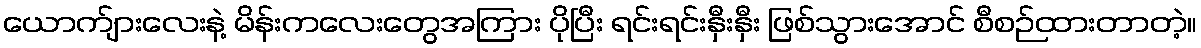
ယောက်ျားလေးနဲ့ မိန်းကလေးတွေအကြား ပိုပြီး ရင်းရင်းနှီးနှီး ဖြစ်သွားအောင် စီစဉ်ထားတာတဲ့။